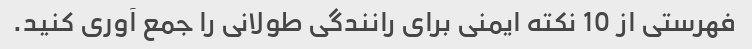
فهرستی از 10 نکته ایمنی برای رانندگی طولانی را جمع آوری کنید.